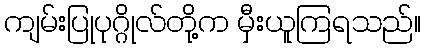
ကျမ်းပြုပုဂ္ဂိုလ်တို့က မှီးယူကြရသည်။